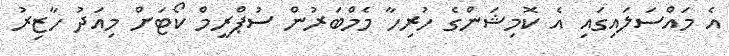
އެ މައްސަލައިގައި އެ ކޮމިޝަންގެ ހުރިހާ މެމްބަރުން ސުޕްރީމް ކޯޓަށް މިއަދު ހާޒިރު